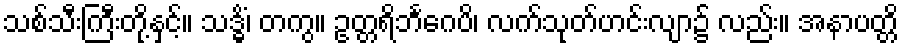
သစ်သီးကြီးတို့နှင့်။ သဒ္ဓိံ၊ တကွ။ ဥတ္တရိဘင်္ဂေပိ၊ လက်သုတ်ဟင်းလျာ၌ လည်း။ အနာပတ္တိ